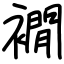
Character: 襉